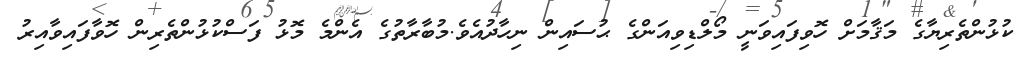
ކުޅުންތެރިޔާގެ މަޤާމަށް ހޮވިފައިވަނީ މޯލްޑިވިއަންގެ ޙުސައިން ނިހާދުއެވެ.މުބާރާތުގެ އެންމެ މޮޅު ފަސްކުޅުންތެރިން ހޮވާފައިވާއިރު